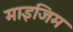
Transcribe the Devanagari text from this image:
माइजिम